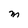
Character: M